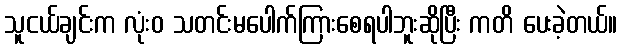
သူငယ်ချင်းက လုံးဝ သတင်းမပေါက်ကြားစေရပါဘူးဆိုပြီး ကတိ ပေးခဲ့တယ်။